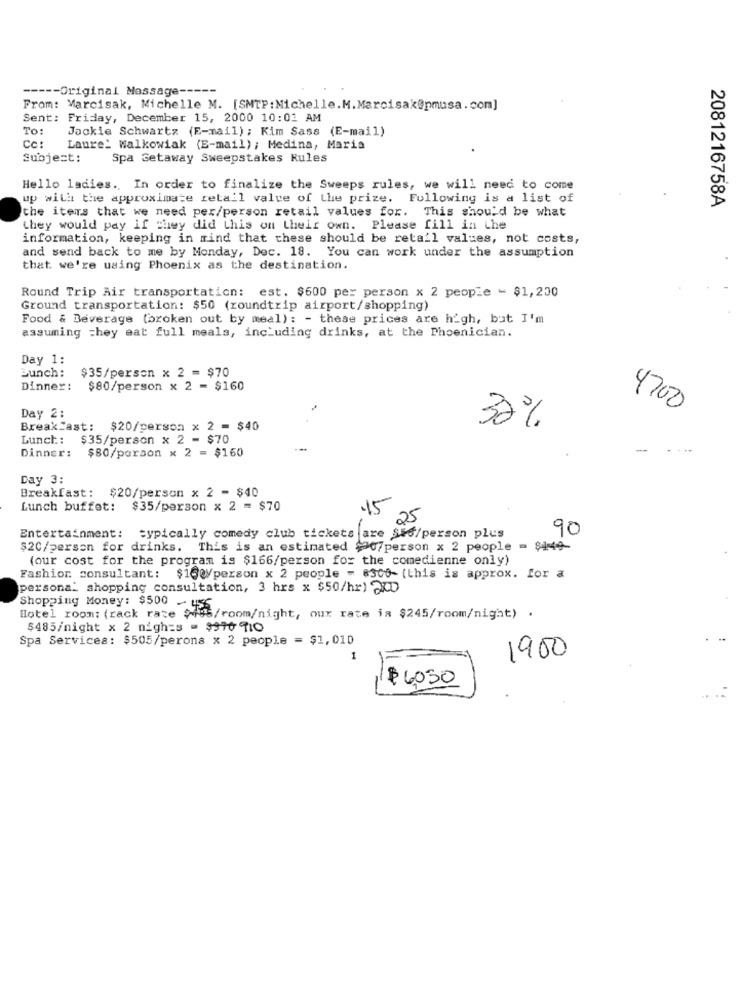
----- Original Message ---
From: Marcisak, Michelle M. [SMTP: Michelle.M.Marcisak@pmusa.com]
Sent: Friday, December 15, 2000 10:01 AM
To:
Jackie Schwartz (E-mail); Kim Sass (E-mail)
Cc:
Laure_ Walkowiak (E-mail); Medina, Maria
Subject:
Spa Getaway Sweepstakes Rules
Hello ladies. In order to finalize the Sweeps rules, we will need to come
up with the approximate retail value of the prize. Following is a list of
2081216758A
the items that we need per/person retail values for. This should be what
they would pay if they did this on their own. Please fill in the
information, keeping in mind that these should be retail values, not costs,
and send back to me by Monday, Dec. 18. You can work under the assumption
that. we're using Phoenix as the destination.
Round Trip Air transportation: est. $600 per person x 2 people - $1,200
Ground transportation: $50 (roundtrip airport/shopping)
Food & Beverage (broken out by meal): - these prices are high, but I'm
assuming they eat full meals, including drinks, at the Phoenician.
Day 1:
Bunch:
$35/person x 2 = $70
Dinner:
$80/person x 2 = $160
Day 2:
4700
Breakfast: $20/person x 2 = $40
32%
Lunch:
$35/person x 2 - $70
Dinner:
$80/person x 2 = $160
-
Day 3:
Breakfast: $20/person x 2 = $40
Lunch buffet:
$35/person x 2 = $70
.15
25
90
Entertainment: typically comedy club tickets are Sso/person plus
$20/person for drinks. This is an estimated $907person x 2 people - $144
(our cost for the program is $166/person for the comedienne only)
Fashion consultant: $100/person x 2 people - 8300- (this is approx. for a
persona. shopping consultation, 3 hrs x $50/hr) 200
Shopping Money: $500 - 455
Hotel room: (rack rate $05/room/night, our rate in $245/room/night) .
$485/night x 2 nigh=s = 9970 910
Spa Services: $505/perons x 2 people = $1,010
1900
1
$6050